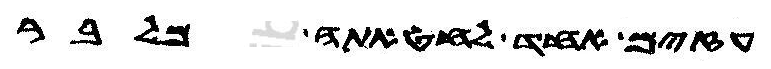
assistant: עזים אחד לחטאתה מלבר